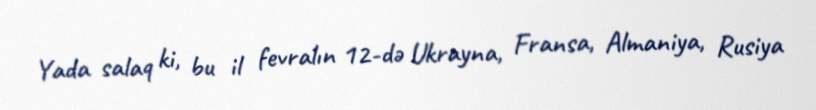
Yada salaq ki, bu il fevralın 12-də Ukrayna, Fransa, Almaniya, Rusiya